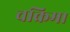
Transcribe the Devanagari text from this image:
चक्रिमा